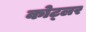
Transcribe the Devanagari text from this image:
कोट्लर